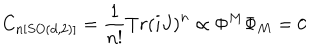
C _ { n [ S O ( d , 2 ) ] } = \frac { 1 } { n ! } T r \left( i J \right) ^ { n } \propto \Phi ^ { M } \Phi _ { M } = 0